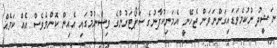
ނަޝީދު ނުކުމެވަޑައިގަންނަވަން ޖެހޭނީ އެމަނިކުފާނުގެ ސަޕޯޓަރުންގެ ވިސްނުމުގައި އެއިން ކޮންމެވެސް އެއް ކަމެއް